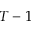
T - 1